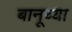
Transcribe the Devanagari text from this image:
बानूच्या